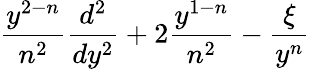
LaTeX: \frac{y^{2-n}}{n^{2}}\frac{d^{2}}{dy^{2}}+2\frac{y^{1-n}}{n^{2}}-\frac{\xi}{y^{n}}